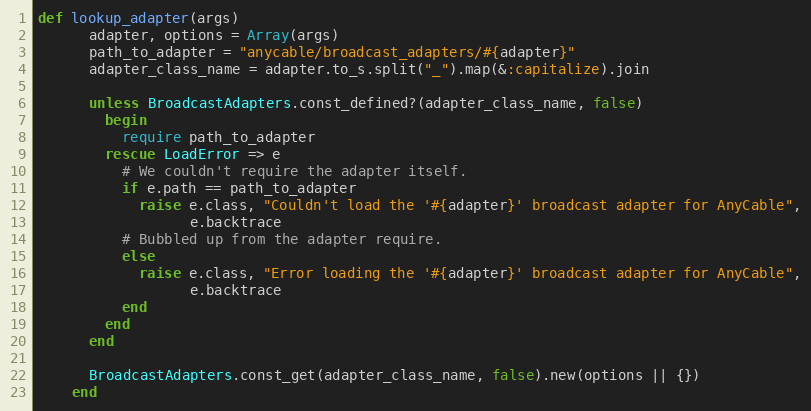
Language: Ruby
def lookup_adapter(args)
      adapter, options = Array(args)
      path_to_adapter = "anycable/broadcast_adapters/#{adapter}"
      adapter_class_name = adapter.to_s.split("_").map(&:capitalize).join

      unless BroadcastAdapters.const_defined?(adapter_class_name, false)
        begin
          require path_to_adapter
        rescue LoadError => e
          # We couldn't require the adapter itself.
          if e.path == path_to_adapter
            raise e.class, "Couldn't load the '#{adapter}' broadcast adapter for AnyCable",
                  e.backtrace
          # Bubbled up from the adapter require.
          else
            raise e.class, "Error loading the '#{adapter}' broadcast adapter for AnyCable",
                  e.backtrace
          end
        end
      end

      BroadcastAdapters.const_get(adapter_class_name, false).new(options || {})
    end